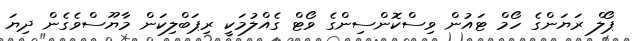
ޕޯލް ރަޔަންގެ ހޯމް ޓައުން ވިސްކޮންސިންގެ ވޯޓް ގެއްލުމަކީ ރިޕަބްލިކަން މާޔޫސްވެގެން ދިޔަ